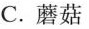
C.蘑菇